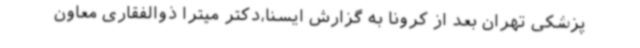
پزشکی تهران بعد از کرونا به گزارش ایسنا،دکتر میترا ذوالفقاری معاون